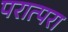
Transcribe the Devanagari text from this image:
परात्परा